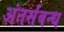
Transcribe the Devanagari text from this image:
अंतर्संबन्ध